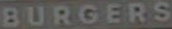
BURGERS